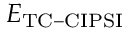
E _ { \mathrm { { T C - C I P S I } } }